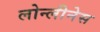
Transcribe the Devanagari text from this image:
लोन्लीनेस